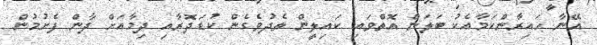
އޭނާ ހައިރާންކަމާއެކު ބަލަން އޮތްވައި ކައިލީން ތެދުވެގެން ކުޑަދޮރާއި ދިމާއަށް ދާން ފެށުމުން